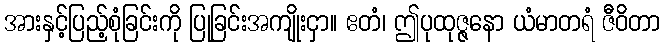
အားနှင့်ပြည့်စုံခြင်းကို ပြုခြင်းအကျိုးငှာ။ ဧတံ၊ ဤပုထုဇ္ဇနော ယံမာတရံ ဇီဝိတာ